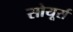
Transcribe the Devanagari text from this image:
सोयूर्स